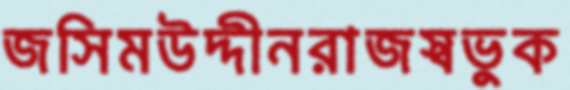
জসিমউদ্দীনরাজস্বভুক